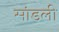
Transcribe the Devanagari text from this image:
सांडली